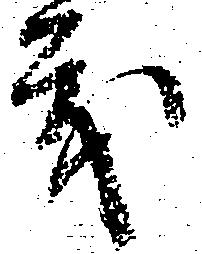
義